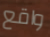
واقع